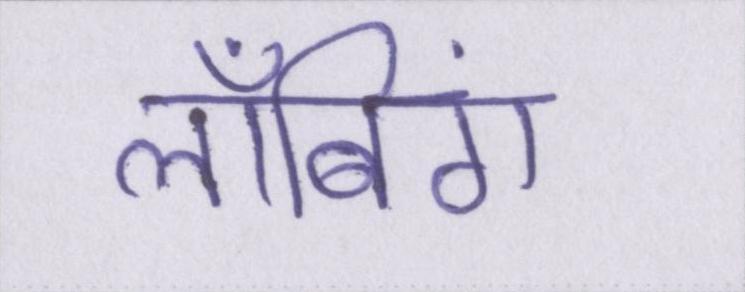
लॉबिंग